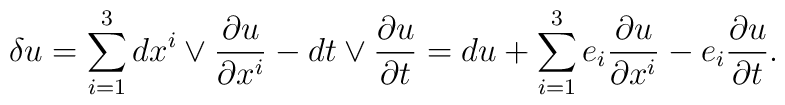
\delta u = \sum_{i=1}^3 dx^i \vee \frac{\partial u}{\partial x^i} - dt \vee \frac{\partial u}{\partial t} = du + \sum_{i=1}^3 e_i \frac{\partial u}{\partial x^i} - e_i \frac{\partial u}{\partial t}.